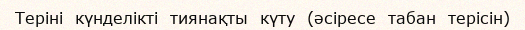
Теріні  күнделікті  тиянақты  күту  (әсіресе  табан  терісін)